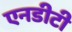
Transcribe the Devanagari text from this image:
एनडीटी